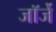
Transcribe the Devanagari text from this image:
जॉर्जे